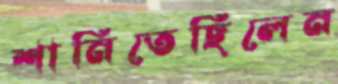
শানিতেছিলেন